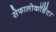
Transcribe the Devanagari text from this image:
सेफालोकॉर्डेटा